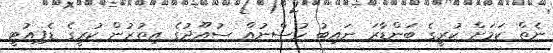
ނެތް ކަމަށް ކުރީގެ ބަންޑާރަ ނައިބު ހުސްނުއް ސުއޫދުގެ އިތުރުން ކުރީގެ ޑެޕިއުޓީ